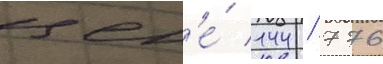
цен'е́ 144 / 776